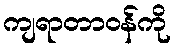
ကျရာတာဝန်ကို